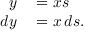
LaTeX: \begin{array} { r l } { y } & { { } = x s } \\ { d y } & { { } = x \, d s . } \end{array}